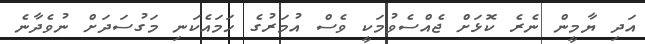
އަދި ޔާމީން ނެރެ ކޮޅަށް ޖެއްސެވުމަކީ ވެސް އުމަރުގެ ހަމައެކަނި މަގުސަދަށް ނުވެދާނެ